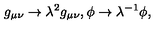
g _ { \mu \nu } \rightarrow \lambda ^ { 2 } g _ { \mu \nu } , \phi \rightarrow \lambda ^ { - 1 } \phi , \,